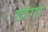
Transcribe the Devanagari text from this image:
डोंगो